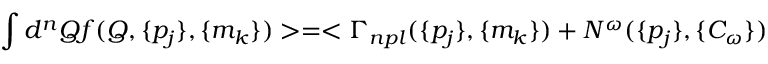
\int d ^ { n } Q f ( Q , \{ p _ { j } \} , \{ m _ { k } \} ) > = < \Gamma _ { n p l } ( \{ p _ { j } \} , \{ m _ { k } \} ) + N ^ { \omega } ( \{ p _ { j } \} , \{ C _ { \omega } \} )